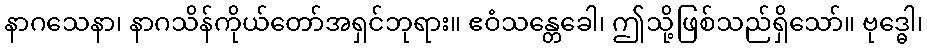
နာဂသေနာ၊ နာဂသိန်ကိုယ်တော်အရှင်ဘုရား။ ဧဝံသန္တေခေါ၊ ဤသို့ဖြစ်သည်ရှိသော်။ ဗုဒ္ဓေါ၊